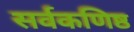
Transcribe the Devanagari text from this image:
सर्वकणिष्ठ